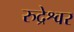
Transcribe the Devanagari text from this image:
रुद्रेश्वर